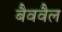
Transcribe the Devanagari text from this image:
बैववैल